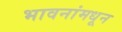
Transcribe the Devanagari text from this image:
भावनांमधून